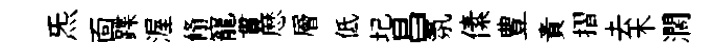
炁靣蹀渥翛寵貫厯層低圮昌氛傃豊責摺去木濶